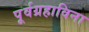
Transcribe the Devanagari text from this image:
पूर्वग्रहाविना